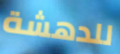
للدهشة